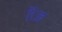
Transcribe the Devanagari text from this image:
तैज